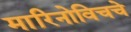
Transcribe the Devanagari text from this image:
मारिनोविचचे